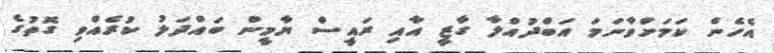
އެހެން ކަމަށްވާނަމަ އަބްދުއްލާ ގާޒީ އާއި ރައީސް ޔާމީން ބައްދަލު ކުރެއްވި ގޮތުގެ